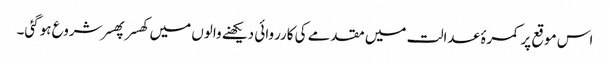
اس موقع پر کمرۂ عدالت میں مقدمے کی کارروائی دیکھنے والوں میں کھسر پھسر شروع ہوگئی۔